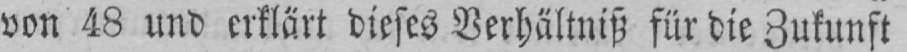
von 48 und erklärt dieses Verhältniß für die Zukunft